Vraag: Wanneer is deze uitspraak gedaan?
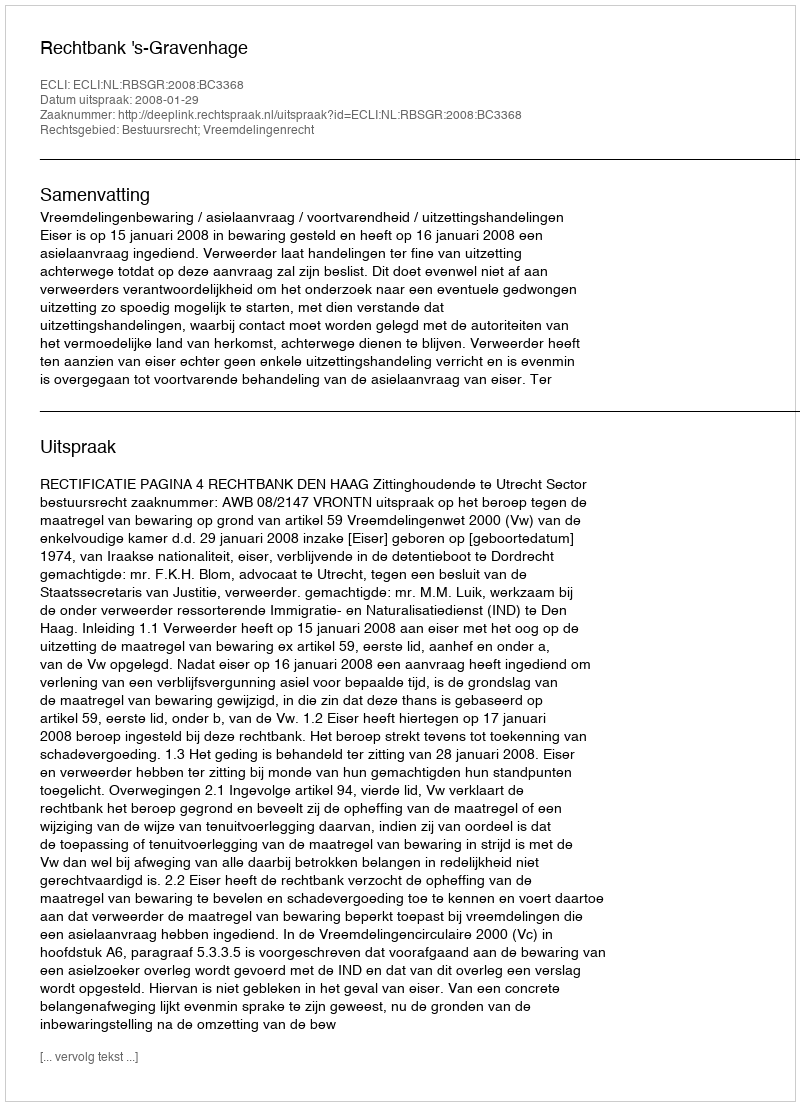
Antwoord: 2008-01-29